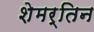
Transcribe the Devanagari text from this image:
शेमर्तिन